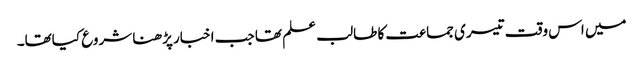
میں اس وقت تیسری جماعت کا طالب علم تھا جب اخبار پڑھنا شروع کیاتھا۔